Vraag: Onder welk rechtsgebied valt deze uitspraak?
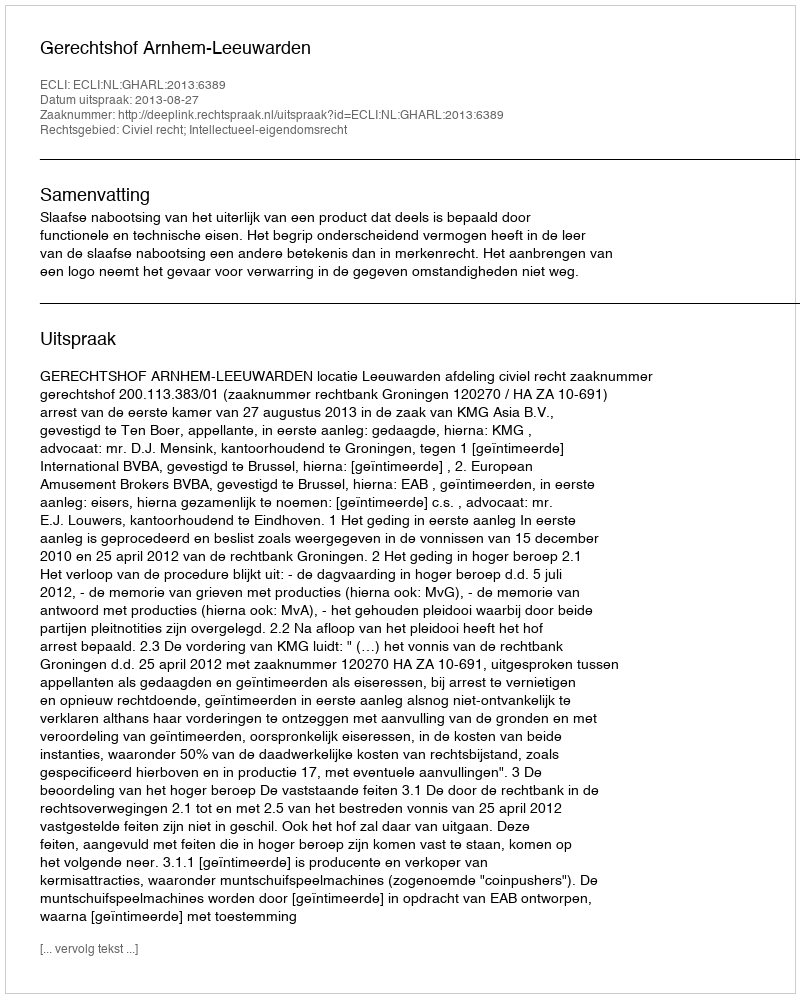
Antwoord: Civiel recht; Intellectueel-eigendomsrecht